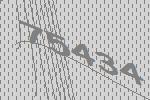
75434